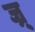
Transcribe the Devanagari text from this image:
ज्र्